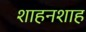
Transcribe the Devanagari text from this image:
शाहनशाह